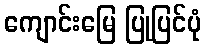
ကျောင်းမြေ ပြုပြင်ပုံ